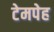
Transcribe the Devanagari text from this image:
टेमपेह